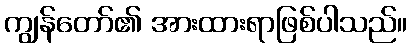
ကျွန်တော်၏ အားထားရာဖြစ်ပါသည်။